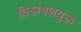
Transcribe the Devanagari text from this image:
विश्लेषणयुक्त